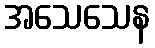
အသေသေန